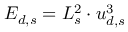
E _ { d , s } = L _ { s } ^ { 2 } \cdot u _ { d , s } ^ { 3 }